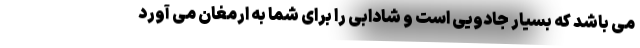
می باشد که بسیار جادویی است و شادابی را برای شما به ارمغان می آورد